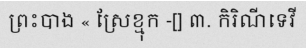
ព្រះបាង « ស្រែខ្មុក -[] ៣. កិរិណីទេវី